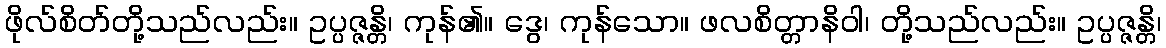
ဖိုလ်စိတ်တို့သည်လည်း။ ဥပ္ပဇ္ဇန္တိ၊ ကုန်၏။ ဒွေ၊ ကုန်သော။ ဖလစိတ္တာနိဝါ၊ တို့သည်လည်း။ ဥပ္ပဇ္ဇန္တိ၊